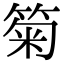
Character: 𥮗